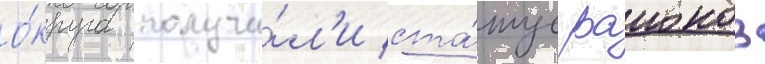
о́круга получи́л'и ста́тус раионов